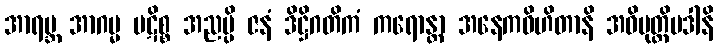
အာရဗ္ဘ အာဂမ္မ ပဋိစ္စ အညမ္ပိ ဇနံ ဒိဋ္ဌိဂတိကံ ကရောန္တာ အနေကဝိဟိတာနိ အဓိမုတ္တိပဒါနိ